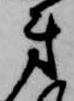
弟